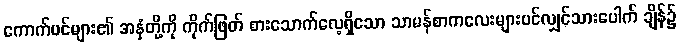
ကောက်ပင်များ၏ အနှံတို့ကို ကိုက်ဖြတ် စားသောက်လေ့ရှိသော သာမန်စာကလေးများပင်လျှင်သားပေါက် ချိန်၌